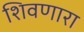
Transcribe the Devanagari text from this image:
शिवणारा